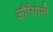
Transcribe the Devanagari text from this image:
औरिगेमी